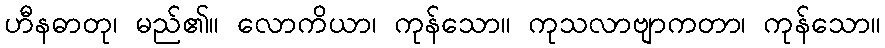
ဟီနဓာတု၊ မည်၏။ လောကိယာ၊ ကုန်သော။ ကုသလာဗျာကတာ၊ ကုန်သော။